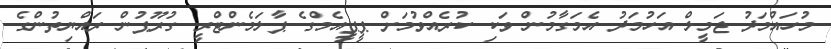
މުހައްމަދު ޖަމީލް އަހުމަދު އެމަގާމުން ވަކި ކުރެއްވުމަށް ޕީޕީއެމްގެ ޕާލަމެންޓްރީ ގުރޫޕުން ރައްޔިތުންގެ